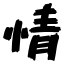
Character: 情